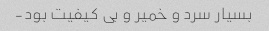
بسیار سرد و خمیر و بی کیفیت بود-